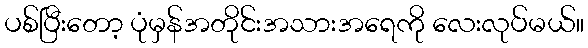
ပစ်ပြီးတော့ ပုံမှန်အတိုင်းအသားအရေကို လေးလုပ်မယ်။